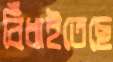
বিঁধাইতেছে